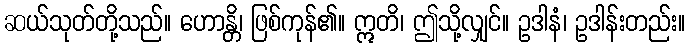
ဆယ်သုတ်တို့သည်။ ဟောန္တိ၊ ဖြစ်ကုန်၏။ ဣတိ၊ ဤသို့လျှင်။ ဥဒါနံ၊ ဥဒါန်းတည်း။